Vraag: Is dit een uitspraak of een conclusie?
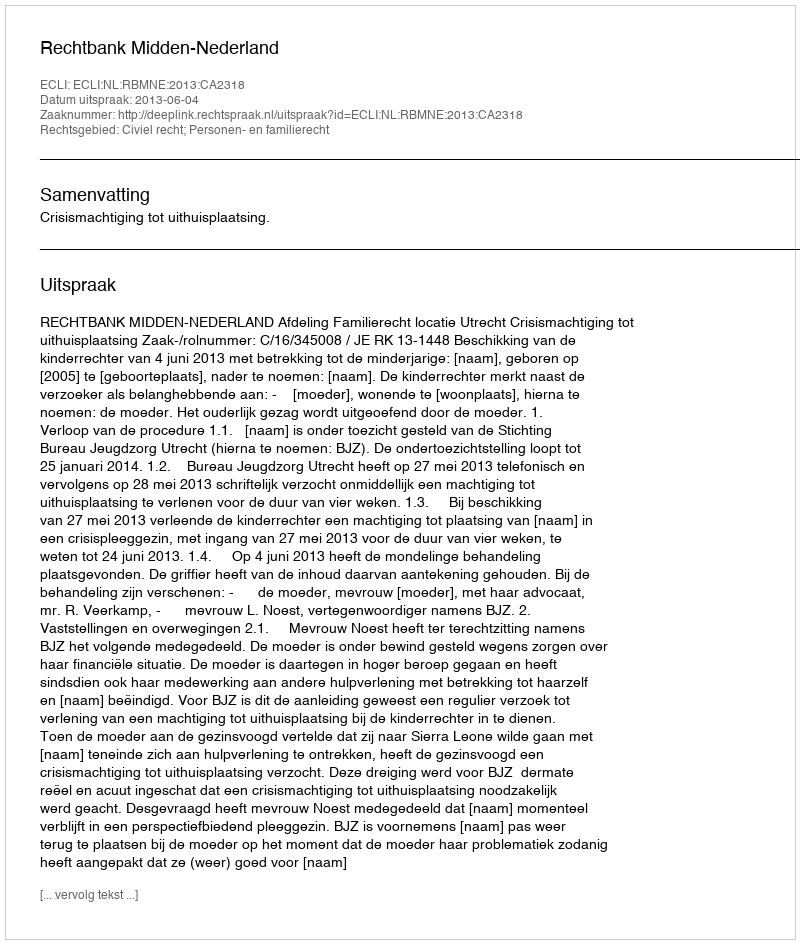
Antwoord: Uitspraak